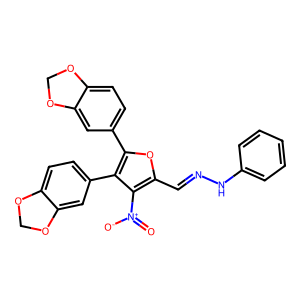
SMILES: O=[N+]([O-])c1c(C=NNc2ccccc2)oc(-c2ccc3c(c2)OCO3)c1-c1ccc2c(c1)OCO2
Inhibits HIV replication: No